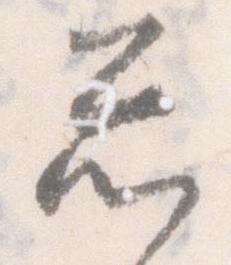
忩